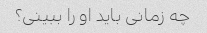
چه زمانی باید او را ببینی؟